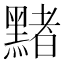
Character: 䵭